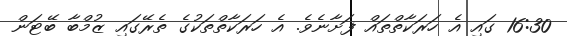
16:30 ގައި އެ ހަރަކާތްތައް ފަށާނެވެ. އެ ހަރަކާތްތަކުގެ ތެރޭގައި ޒުމްބާ ބޭޓަން